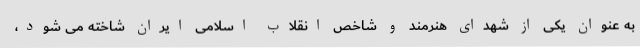
به عنوان یکی از شهدای هنرمند و شاخص انقلاب اسلامی ایران شاخته می شود،